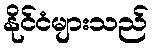
နိုင်ငံများသည်